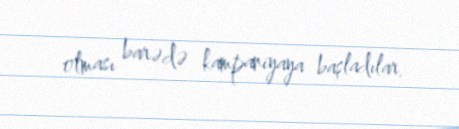
olması barədə kampaniyaya başladılar.